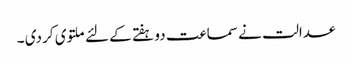
عدالت نے سماعت دو ہفتے کے لئے ملتوی کر دی ۔